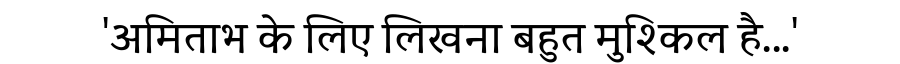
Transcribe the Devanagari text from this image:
'अमिताभ के लिए लिखना बहुत मुश्किल है...'